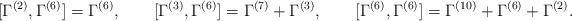
LaTeX: \begin{align*}[\Gamma^{(2)},\Gamma^{(6)}]=\Gamma^{(6)},\qquad[\Gamma^{(3)},\Gamma^{(6)}]=\Gamma^{(7)}+\Gamma^{(3)},\qquad[\Gamma^{(6)},\Gamma^{(6)}]=\Gamma^{(10)}+\Gamma^{(6)}+\Gamma^{(2)}.\end{align*}